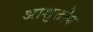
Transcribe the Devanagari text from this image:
अाशुतोष